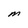
Character: m